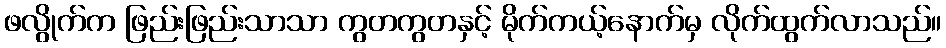
ဖလွိုက်က ဖြည်းဖြည်းသာသာ ကွတကွတနှင့် မိုက်ကယ့်နောက်မှ လိုက်ထွက်လာသည်။